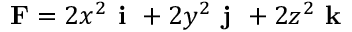
\mathbf { F } = 2 x ^ { 2 } { \textbf { i } } + 2 y ^ { 2 } { \textbf { j } } + 2 z ^ { 2 } { \textbf { k } }